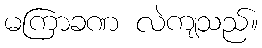
မကြာခဏ လဲကျသည်။